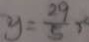
y = \frac { 2 9 } { 5 } ,